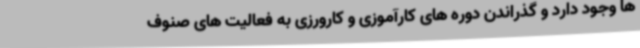
ها وجود دارد و گذراندن دوره های کارآموزی و کارورزی به فعالیت های صنوف